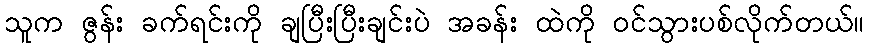
သူက ဇွန်း ခက်ရင်းကို ချပြီးပြီးချင်းပဲ အခန်း ထဲကို ဝင်သွားပစ်လိုက်တယ်။